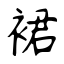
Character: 裙